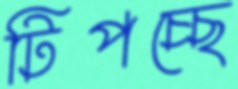
টিপচ্ছে